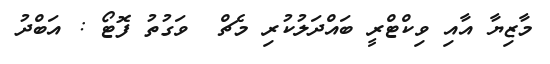
މާޒިޔާ އާއި ވިކްޓްރީ ބައްދަލުކުރި މެޗް  ވަގުތު ފޮޓޯ : އަބްދު